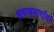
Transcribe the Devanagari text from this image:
भ्रमणमार्गावर